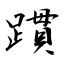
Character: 躀